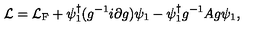
{ \cal L } = { \cal L } _ { \mathrm { F } } + \psi _ { 1 } ^ { \dagger } ( g ^ { - 1 } i \partial g ) \psi _ { 1 } - \psi _ { 1 } ^ { \dagger } g ^ { - 1 } A g \psi _ { 1 } ,